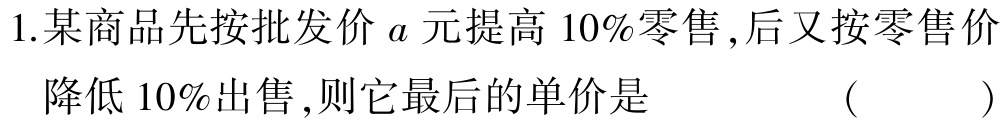
1.某商品先按批发价\(a\)元提高\(10\%\)零售,后又按零售价降低\(10\%\)出售,则它最后的单价是 （  ）